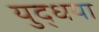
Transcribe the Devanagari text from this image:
युद्धया